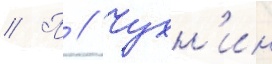
// П // Чухн'ин